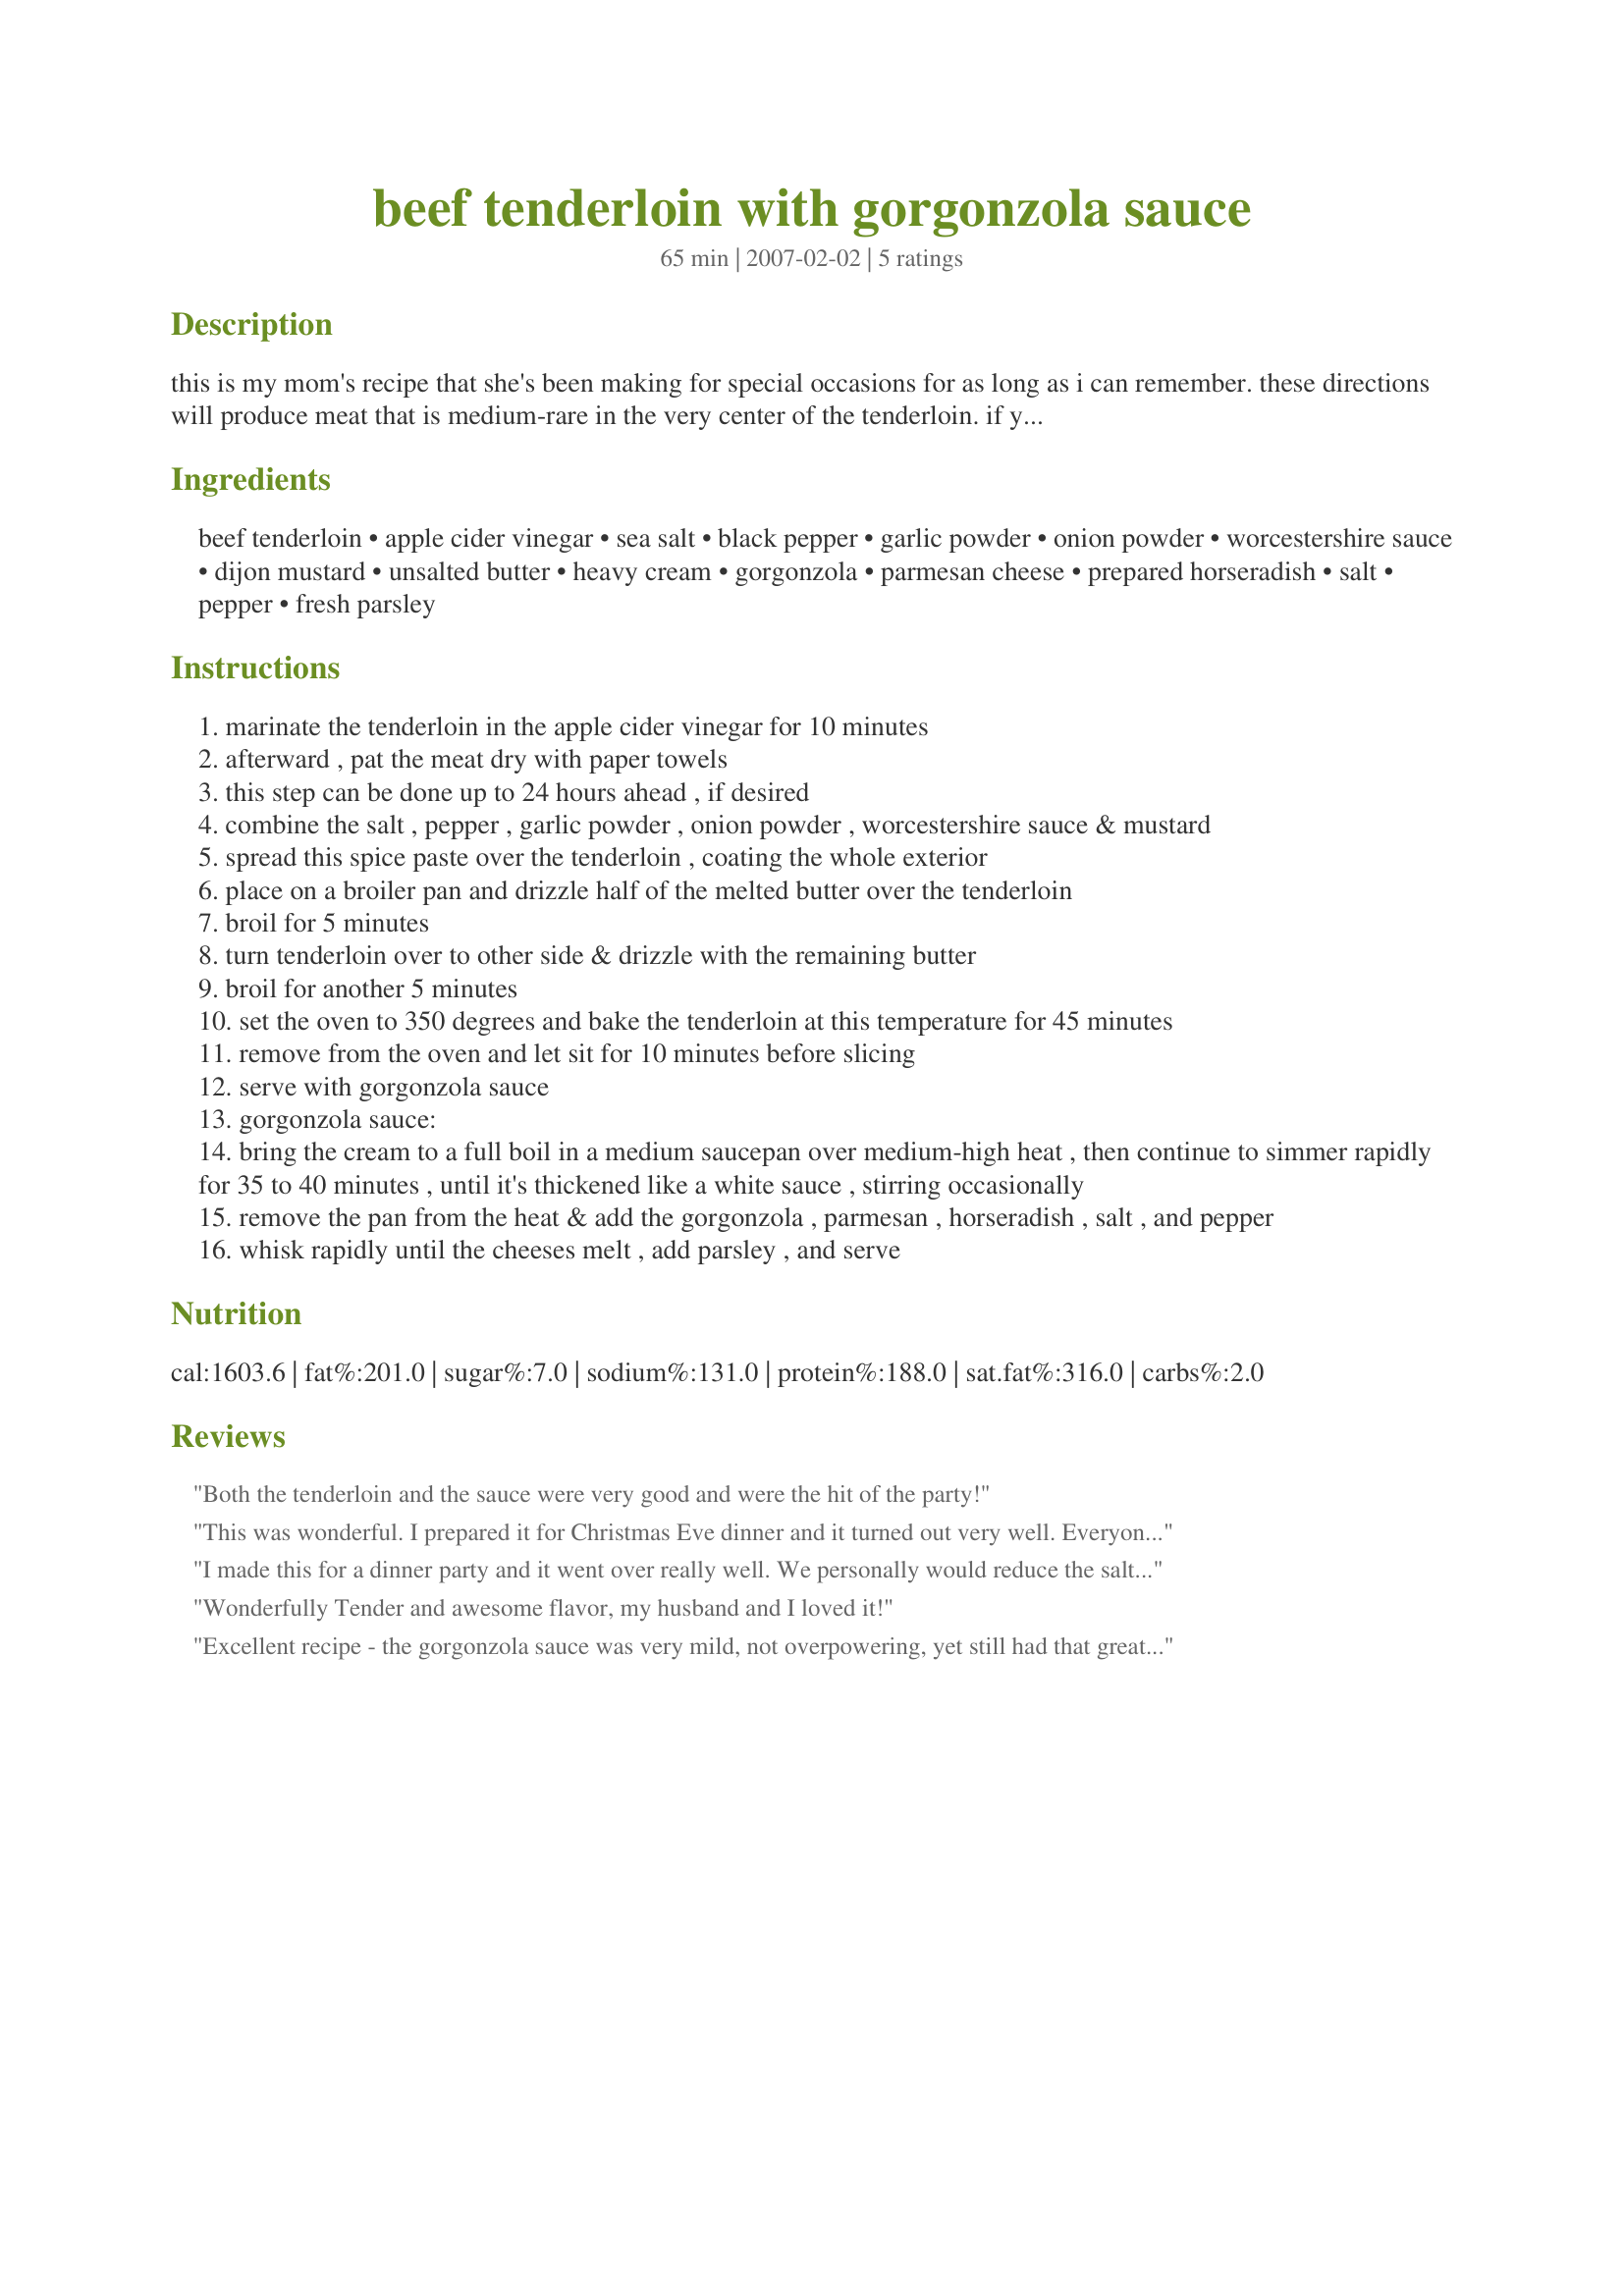
beef tenderloin with gorgonzola sauce
Preparation time: 65 minutes

this is my mom's recipe that she's been making for special occasions for as long as i can remember. these directions will produce meat that is medium-rare in the very center of the tenderloin. if you want your meat more well done, add on 10 minutes and check it by cutting a small nick in the center of the meat - keep repeating until the meat is done to your liking.

Ingredients:
beef tenderloin, apple cider vinegar, sea salt, black pepper, garlic powder, onion powder, worcestershire sauce, dijon mustard, unsalted butter, heavy cream, gorgonzola, parmesan cheese, prepared horseradish, salt, pepper, fresh parsley

Steps:
marinate the tenderloin in the apple cider vinegar for 10 minutes
afterward , pat the meat dry with paper towels
this step can be done up to 24 hours ahead , if desired
combine the salt , pepper , garlic powder , onion powder , worcestershire sauce & mustard
spread this spice paste over the tenderloin , coating the whole exterior
place on a broiler pan and drizzle half of the melted butter over the tenderloin
broil for 5 minutes
turn tenderloin over to other side & drizzle with the remaining butter
broil for another 5 minutes
set the oven to 350 degrees and bake the tenderloin at this temperature for 45 minutes
remove from the oven and let sit for 10 minutes before slicing
serve with gorgonzola sauce
gorgonzola sauce:
bring the cream to a full boil in a medium saucepan over medium-high heat , then continue to simmer rapidly for 35 to 40 minutes , until it's thickened like a white sauce , stirring occasionally
remove the pan from the heat & add the gorgonzola , parmesan , horseradish , salt , and pepper
whisk rapidly until the cheeses melt , add parsley , and serve

Reviews:
Both the tenderloin and the sauce were very good and were the hit of the party!
This was wonderful. I prepared it for Christmas Eve dinner and it turned out very well. Everyone complimented it and wanted the recipe. Very flavorful and tender, and the sauce was an excellent compliment! Thanks for sharing this with us.
I made this for a dinner party and it went over really well. We personally would reduce the salt and pepper in the rub but it was tasty, so I am going to try to "inject" it next time into the meat using a meat injector. Thanks for posting!
Wonderfully Tender and awesome flavor, my husband and I loved it!
Excellent recipe - the gorgonzola sauce was very mild, not overpowering, yet still had that great zip to it.
I didn't want to wait until an occasion worthy of a tenderloin, so I marinated a couple T-bones instead and grilled them. Worked out superbly!
Thanks!
